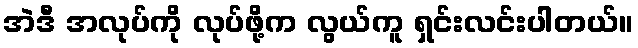
အဲဒီ အလုပ်ကို လုပ်ဖို့က လွယ်ကူ ရှင်းလင်းပါတယ်။